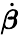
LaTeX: \dot{\boldsymbol{\beta}}